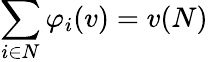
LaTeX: \sum_{i\in N}\varphi_{i}(v)=v(N)